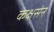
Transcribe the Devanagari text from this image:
कक्षसेन